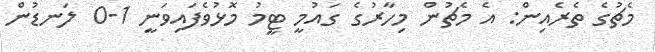
މެޗުގެ ތެރެއިން: އެ މެޗުން މިހާރުގެ ގައުމީ ޓީމު މޮޅުވެފައިވަނީ 1-0 ލަނޑުން